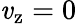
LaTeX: \mathit{v}_{\mathrm{{z}}}=0